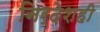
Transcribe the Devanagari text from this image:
निर्देशही